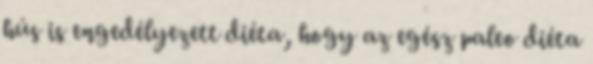
hús is engedélyezett diéta, hogy az egész paleo diéta